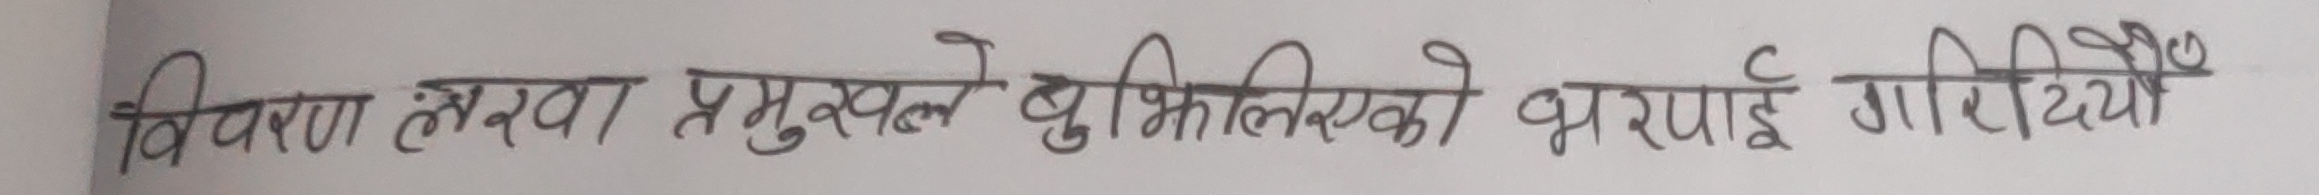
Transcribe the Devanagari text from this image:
विवरण लंखवा प्रमुखले बुझिलिएको भराई गरिदियो